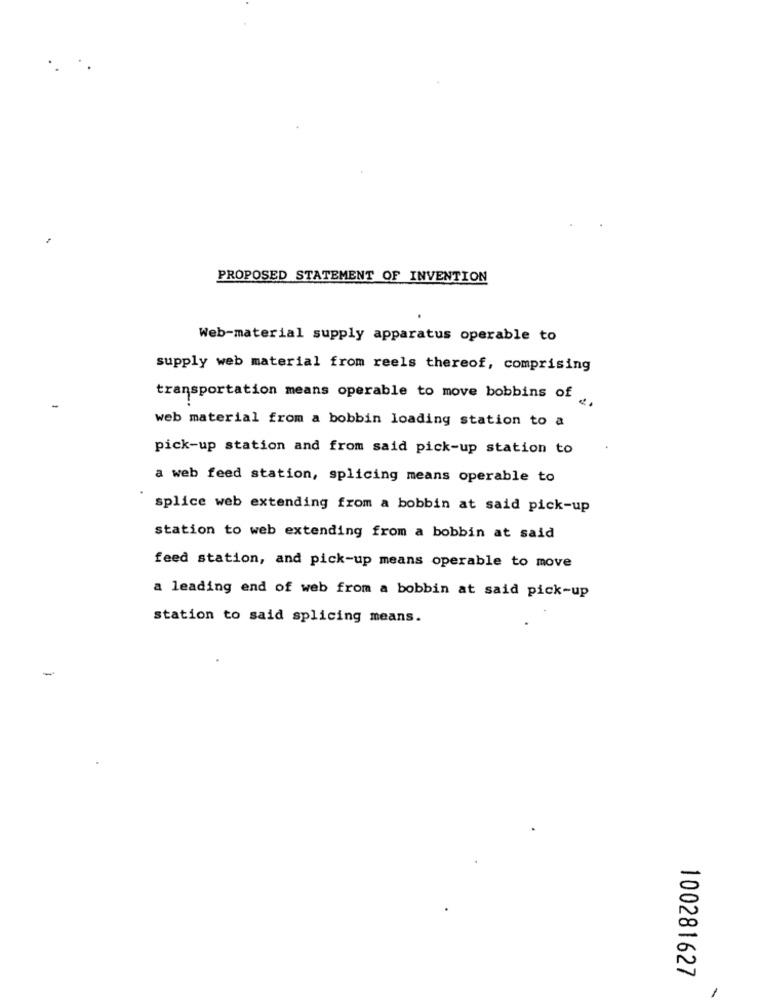
PROPOSED STATEMENT OF INVENTION
Web-material supply apparatus operable to
supply web material from reels thereof, comprising
transportation means operable to move bobbins of
web material from a bobbin loading station to a
pick-up station and from said pick-up station to
a web feed station, splicing means operable to
splice web extending from a bobbin at said pick-up
station to web extending from a bobbin at said
feed station, and pick-up means operable to move
a leading end of web from a bobbin at said pick-up
station to said splicing means.
100281627
1